Scottish Leaving Certificate Examination, 1956
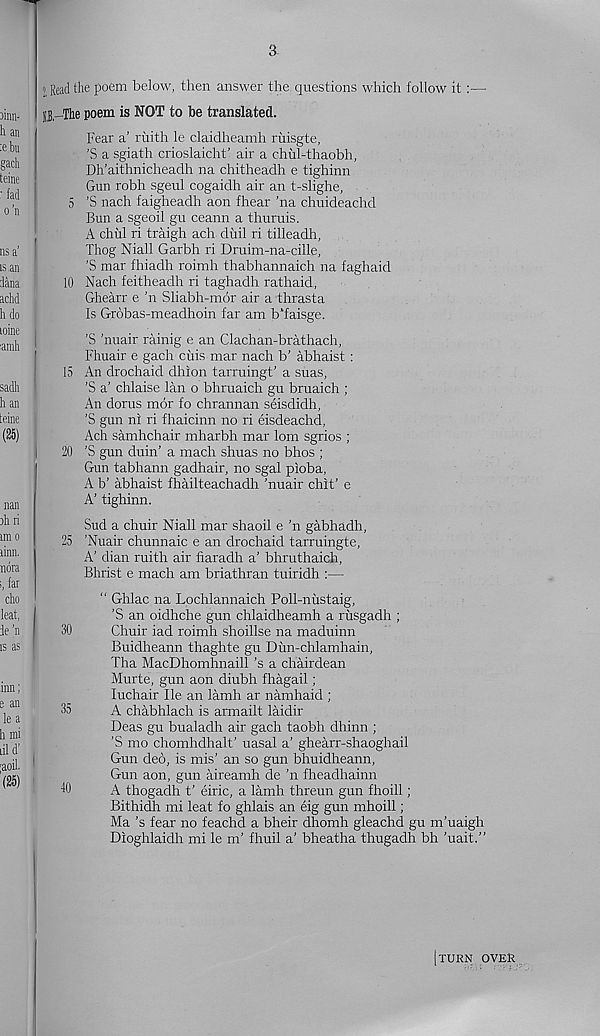
3
J, Read the poem below, then answer the questions which follow it :—
S3,-The poem is NOT to be translated.
Fear a’ ruith le claidheamh riiisgte,
’S a sgiath crioslaicht’ air a chul-thaobh,
Dh’aithnicheadh na chitheadh e tighinn
Gun robh sgeul cogaidh air an t-slighe,
5 ’S nach faigheadh aon fhear ’na chuideachd
Bun a sgeoil gu ceann a thuruis.
A chill ri traigh ach dhil ri tilleadh,
Thog Niall Garbh ri Druim-na-cille,
’S mar fhiadh roimh thabhannaich na faghaid
10 Nach feitheadh ri taghadh rathaid,
Ghearr e ’n Sliabh-mor air a thrasta
Is Grobas-meadhoin far am b'faisge.
’S ’nuair rainig e an Clachan-brathach,
Fhuair e gach cuis mar nach b’ abhaist:
15 An drochaid dhion tarruingt’ a suas,
'S a’ chlaise lan o bhruaich gu bruaich ;
An dorus mdr fo chrannan seisdidh,
’S gun ni ri fhaicinn no ri eisdeachd,
Ach samhchair mharbh mar lorn sgrios ;
20 ’S gun duin’ a mach shuas no bhos ;
Gun tabhaim gadhair, no sgal pioba,
A b’ abhaist fhailteachadh ’nuair chit’ e
A’ tighinn.
Sud a chuir Niall mar shaoil e ’n gabhadh,
25 ’Nuair chunnaic e an drochaid tarruingte,
A’ dian ruith air fiaradh a’ bhmthaich,
Bhrist e mach am briathran tuiridh :—
“ Ghlac na Lochlannaich Poll-nustaig,
’S an oidhche gun chlaidheamh a rusgadh ;
30
Chuir iad roimh shoillse na maduinn
Buidheann thaghte gu Dun-chlamhain,
Tha MacDhomhiiaill’s a chairdean
Murte, gun aon diubh fhagail;
luchair lie an lamh ar namhaid ;
35
A chabhlach is armailt laidir
Deas gu bualadh air gach taobh dhinn ;
'S mo chomhdhalt’ uasal a’ ghearr-shaoghail
Gun deb, is mis’ an so gun bhuidheann,
Gun aon, gun aireamh de 'n fheadhainn
10
A thogadh t’ eiric, a lamh threun gun fhoill;
Bithidh mi leat fo ghlais an eig gun mhoill;
Ma’s fear no feachd a bheir dhomh gleachd gu m’uaigh
Dioghlaidh mi le m’ fhuil a’ bheatha thugadh bh ’uait.”
[turn over